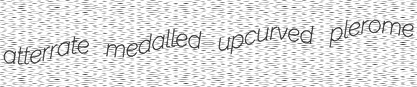
atterrate medalled upcurved plerome